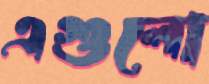
এগুলো